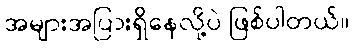
အများအပြားရှိနေလို့ပဲ ဖြစ်ပါတယ်။